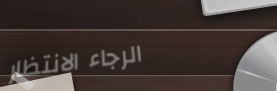
الرجاء الانتظار